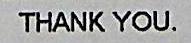
THANK YOU.